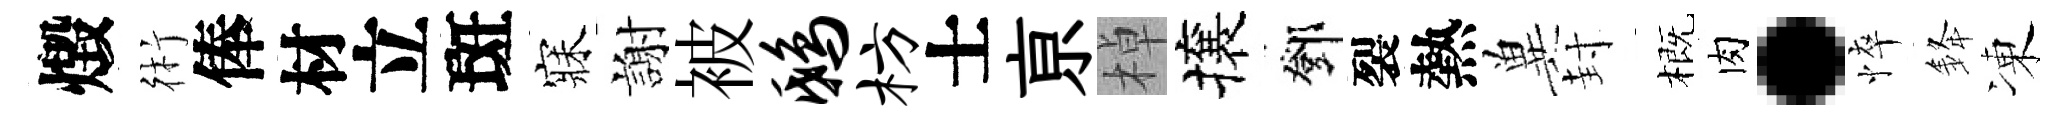
燬術俸材立斑寐謝被鸱枋士亰棹攘鄧裂熱兾封概肉·悴𨦟凍